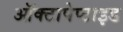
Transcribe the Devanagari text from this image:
ऑक्टापेप्टाइड